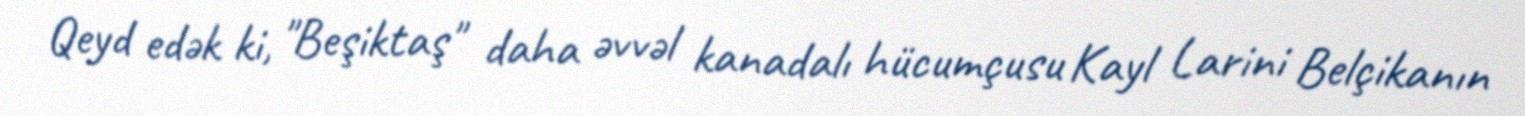
Qeyd edək ki, "Beşiktaş" daha əvvəl kanadalı hücumçusu Kayl Larini Belçikanın